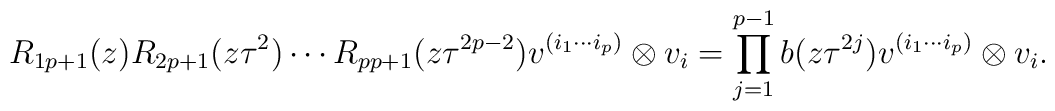
R_{1 p+1}(z) R_{2 p+1}(z\tau^2 )\cdots R_{p p+1}(z\tau^{2p-2})v^{(i_1 \cdots i_p )} \otimes v_i=\prod_{j=1}^{p-1} b(z\tau^{2j}) v^{(i_1 \cdots i_p )}\otimes v_i .